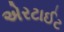
એરટાઈટ